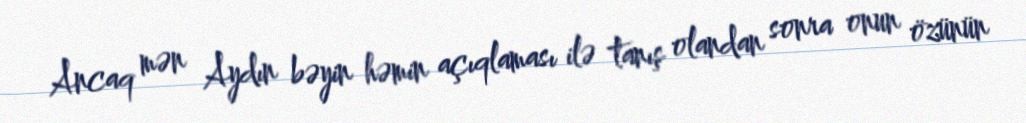
Ancaq mən Aydın bəyin həmin açıqlaması ilə tanış olandan sonra onun özünün